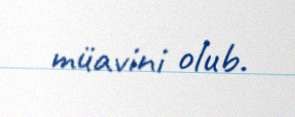
müavini olub.